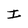
Character: I